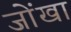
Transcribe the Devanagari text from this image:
जोंखा